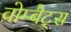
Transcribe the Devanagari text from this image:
वोम्बैट्स